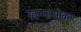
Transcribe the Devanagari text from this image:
खन्नासोबत